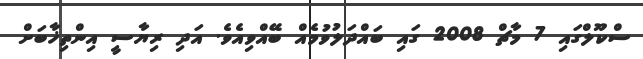
ސްކޫލްގައި 7 މާޗް 2008 ގައި ބައްދަލުވުމެއް ބޭއްވިއެވެ. އަދި ރިޔާސީ އިންތިޚާބަށް